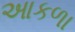
આકળા